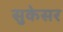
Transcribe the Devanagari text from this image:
सुकेसर